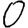
Digit: 0